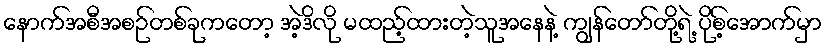
နောက်အစီအစဉ်တစ်ခုကတော့ အဲ့ဒိလို မထည့်ထားတဲ့သူအနေနဲ့ ကျွန်တော်တို့ရဲ့ ပိုစ့်အောက်မှာ